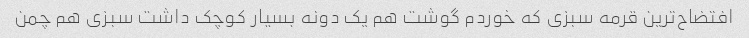
افتضاح‌ترین قرمه سبزی که خوردم گوشت هم یک دونه بسیار کوچک داشت سبزی هم چمن